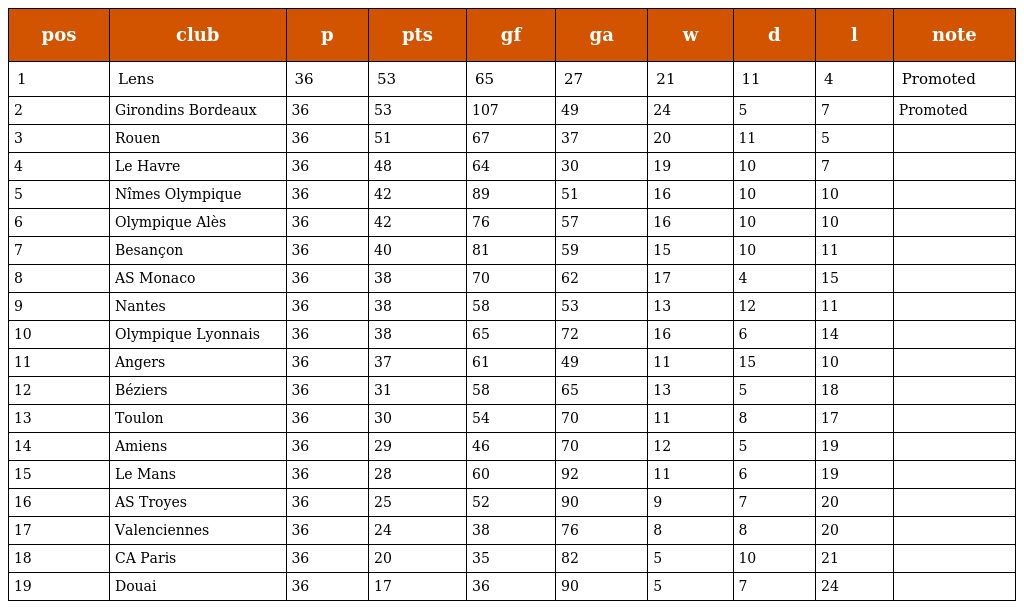
| pos | club | p | pts | gf | ga | w | d | l | note |
 | --- | --- | --- | --- | --- | --- | --- | --- | --- | --- |
 | 1 | Lens | 36 | 53 | 65 | 27 | 21 | 11 | 4 | Promoted |
 | 2 | Girondins Bordeaux | 36 | 53 | 107 | 49 | 24 | 5 | 7 | Promoted |
 | 3 | Rouen | 36 | 51 | 67 | 37 | 20 | 11 | 5 |  |
 | 4 | Le Havre | 36 | 48 | 64 | 30 | 19 | 10 | 7 |  |
 | 5 | Nîmes Olympique | 36 | 42 | 89 | 51 | 16 | 10 | 10 |  |
 | 6 | Olympique Alès | 36 | 42 | 76 | 57 | 16 | 10 | 10 |  |
 | 7 | Besançon | 36 | 40 | 81 | 59 | 15 | 10 | 11 |  |
 | 8 | AS Monaco | 36 | 38 | 70 | 62 | 17 | 4 | 15 |  |
 | 9 | Nantes | 36 | 38 | 58 | 53 | 13 | 12 | 11 |  |
 | 10 | Olympique Lyonnais | 36 | 38 | 65 | 72 | 16 | 6 | 14 |  |
 | 11 | Angers | 36 | 37 | 61 | 49 | 11 | 15 | 10 |  |
 | 12 | Béziers | 36 | 31 | 58 | 65 | 13 | 5 | 18 |  |
 | 13 | Toulon | 36 | 30 | 54 | 70 | 11 | 8 | 17 |  |
 | 14 | Amiens | 36 | 29 | 46 | 70 | 12 | 5 | 19 |  |
 | 15 | Le Mans | 36 | 28 | 60 | 92 | 11 | 6 | 19 |  |
 | 16 | AS Troyes | 36 | 25 | 52 | 90 | 9 | 7 | 20 |  |
 | 17 | Valenciennes | 36 | 24 | 38 | 76 | 8 | 8 | 20 |  |
 | 18 | CA Paris | 36 | 20 | 35 | 82 | 5 | 10 | 21 |  |
 | 19 | Douai | 36 | 17 | 36 | 90 | 5 | 7 | 24 |  |